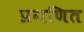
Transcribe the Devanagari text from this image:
प्रगणित